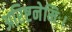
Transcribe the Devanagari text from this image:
अरिष्टनेमिः।